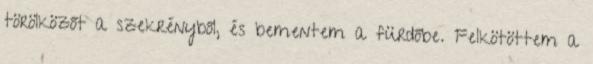
törölközőt a szekrényből, és bementem a fürdőbe. Felkötöttem a